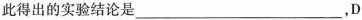
此得出的实验结论是___，D